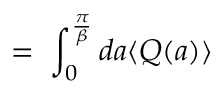
\; = \; \int _ { 0 } ^ { \frac { \pi } { \beta } } d a \langle Q ( a ) \rangle